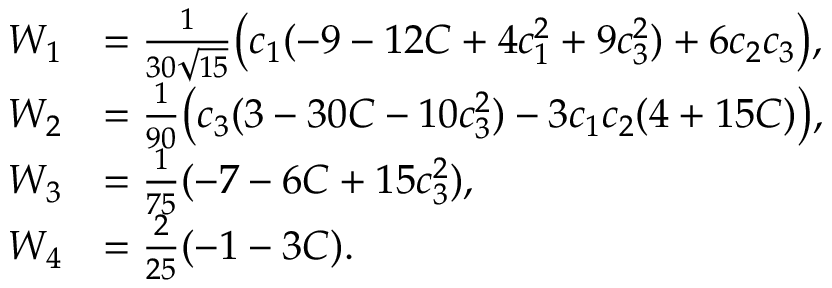
\begin{array} { r l } { W _ { 1 } } & { = \frac 1 { 3 0 \sqrt { 1 5 } } \big ( c _ { 1 } ( - 9 - 1 2 C + 4 c _ { 1 } ^ { 2 } + 9 c _ { 3 } ^ { 2 } ) + 6 c _ { 2 } c _ { 3 } \big ) , } \\ { W _ { 2 } } & { = \frac 1 { 9 0 } \big ( c _ { 3 } ( 3 - 3 0 C - 1 0 c _ { 3 } ^ { 2 } ) - 3 c _ { 1 } c _ { 2 } ( 4 + 1 5 C ) \big ) , } \\ { W _ { 3 } } & { = \frac 1 { 7 5 } ( - 7 - 6 C + 1 5 c _ { 3 } ^ { 2 } ) , } \\ { W _ { 4 } } & { = \frac 2 { 2 5 } ( - 1 - 3 C ) . } \end{array}